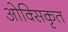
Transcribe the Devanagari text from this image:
ओक्सिकृत